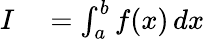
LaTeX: \begin{array}{rl}{I}&{{}=\int_{a}^{b}f(x)\, dx}\end{array}